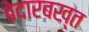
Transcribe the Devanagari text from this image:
बेदारबख्त